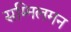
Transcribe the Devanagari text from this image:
सम्मिलमन